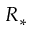
R _ { * }